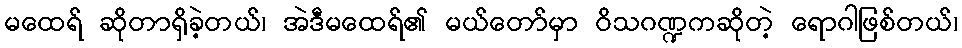
မထေရ် ဆိုတာရှိခဲ့တယ်၊ အဲဒီမထေရ်၏ မယ်တော်မှာ ဝိသဂဏ္ဍကဆိုတဲ့ ရောဂါဖြစ်တယ်၊